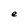
Character: e